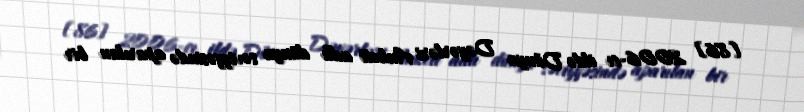
[86] 2006-cı ildə Dünya Dəyərləri Anketi adlı dünya səviyyəsində aparılan bir